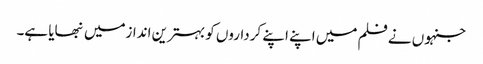
جنہوں نے فلم میں اپنے اپنے کرداروں کو بہترین اندازمیں نبھایا ہے۔